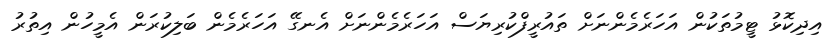
އިދިކޮޅު ޓީމުތަކުން އަހަރެމެންނަށް ތައުރީފްކުރިޔަސް އަހަރެމެންނަށް އެނގޭ އަހަރެމެން ބަލިކުރަން އެމީހުން އިތުރު